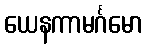
ယေနကာမင်္ဂမော